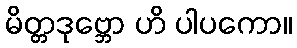
မိတ္တဒုဗ္ဘော ဟိ ပါပကော။